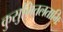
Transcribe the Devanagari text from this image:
कुसुमितलताभिः